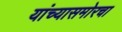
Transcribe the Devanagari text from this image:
यांच्यासमोरचा